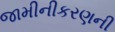
જામીનીકરણની